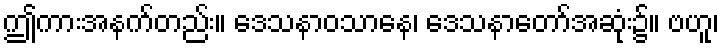
ဤကားအနက်တည်း။ ဒေသနာဝသာနေ၊ ဒေသနာတော်အဆုံး၌။ ဗဟူ၊